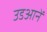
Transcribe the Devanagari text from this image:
उडआनें